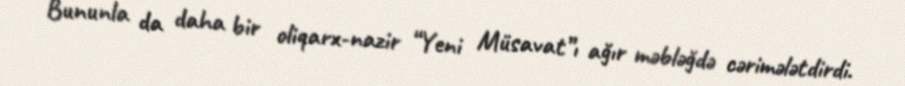
Bununla da daha bir oliqarx-nazir “Yeni Müsavat”ı ağır məbləğdə cərimələtdirdi.